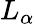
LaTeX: L_{\alpha}